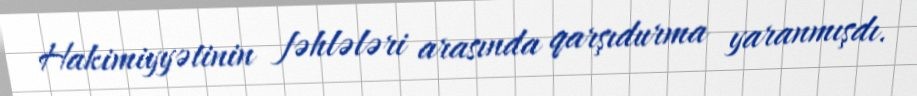
Hakimiyyətinin fəhlələri arasında qarşıdurma yaranmışdı.